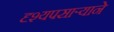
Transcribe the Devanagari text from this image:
दृश्यपसार्‍याने